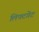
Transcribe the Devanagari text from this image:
लिफ्टगेट